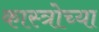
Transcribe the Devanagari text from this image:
कास्त्रोच्या